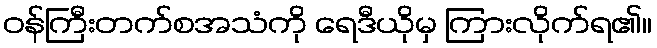
ဝန်ကြီးတက်စအသံကို ရေဒီယိုမှ ကြားလိုက်ရ၏။